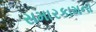
સમારકામના